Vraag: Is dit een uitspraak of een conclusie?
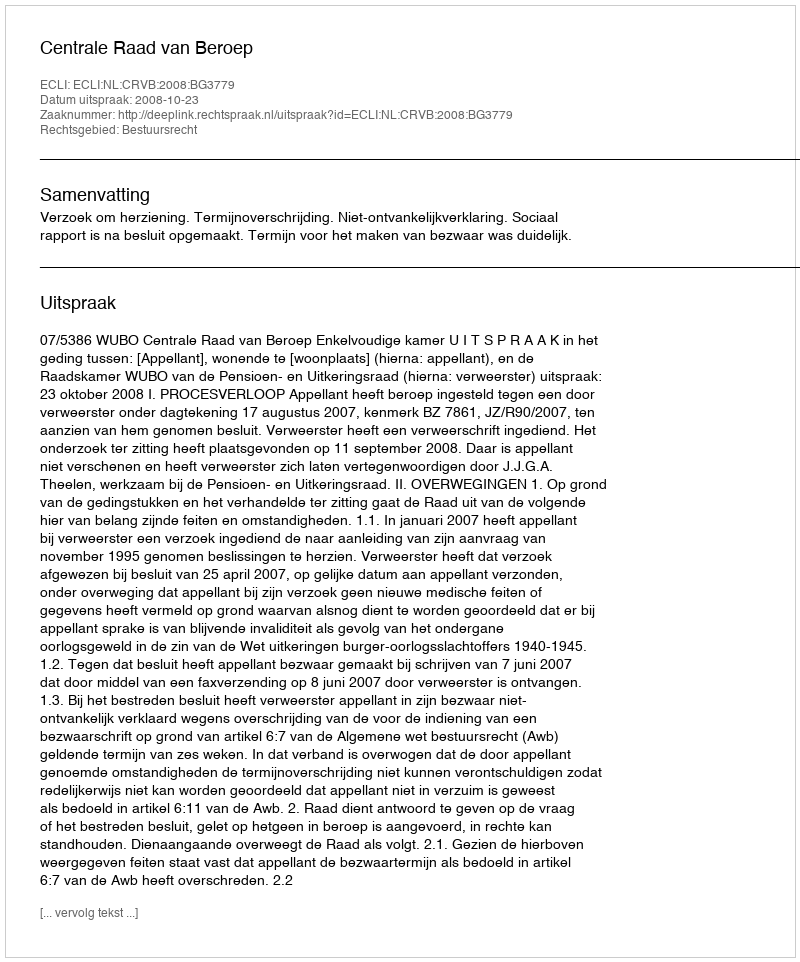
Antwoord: Uitspraak